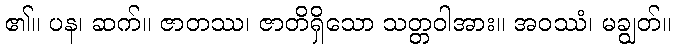
၏။ ပန၊ ဆက်။ ဇာတဿ၊ ဇာတိရှိသော သတ္တဝါအား။ အဝဿံ၊ မချွတ်။